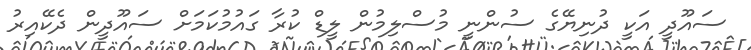
ސައޫދީ އަކީ ދުނިޔޭގެ ސުންނީ މުސްލިމުން ލީޑް ކުރާ ގައުމުކަމަށް ސައޫދީން ދެކޭއިރު